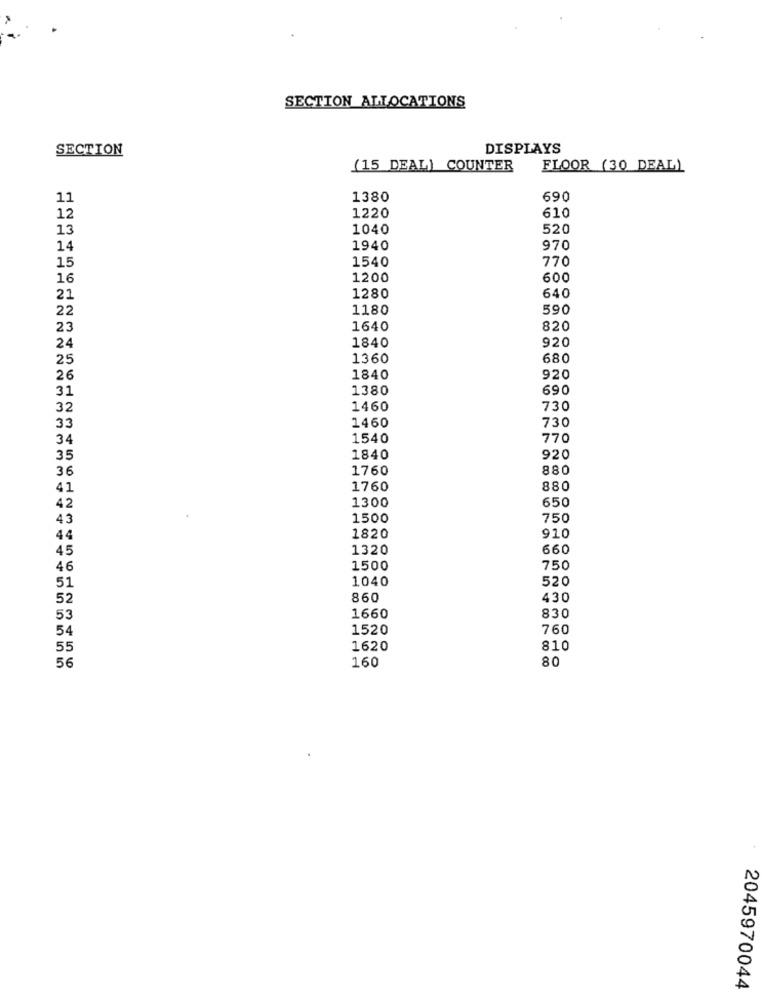
SECTION ALLOCATIONS
SECTION
DISPLAYS
(15 DEAL) COUNTER
FLOOR (30 DEAL)
11
1380
690
12
1220
610
13
1040
520
14
1940
970
1540
770
15
16
1200
600
21
1280
640
22
1180
590
23
1640
820
1840
920
24
25
1360
680
26
1840
920
31
1380
690
32
1460
730
1460
730
33
34
1540
770
35
1840
920
36
1760
880
41
1760
880
1300
650
42
43
1500
750
44
1820
910
45
1320
660
46
1500
750
1040
520
51
52
860
430
53
1660
830
54
1520
760
55
1620
810
56
80
160
2045970044